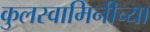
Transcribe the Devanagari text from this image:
कुलस्वामिनीच्या